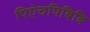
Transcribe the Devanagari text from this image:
पिऐचपिबिबि